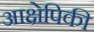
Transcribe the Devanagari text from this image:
आक्षेपिकी